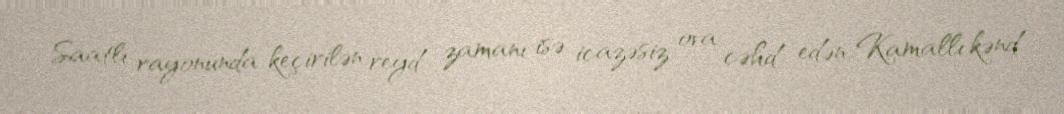
Saatlı rayonunda keçirilən reyd zamanı isə icazəsiz ova cəhd edən Kamallı kənd